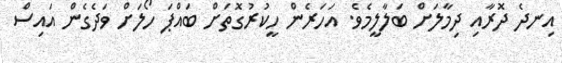
އިނދެ ދޮރާއި ދިމާލަށް ބަލާލީމެވެ. އަހަރެން ހީކުރުގޮތަށް ބައްޕަ ހޯލަށް ވަދެގެން އައިސް